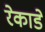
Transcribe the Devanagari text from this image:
रेकाडे